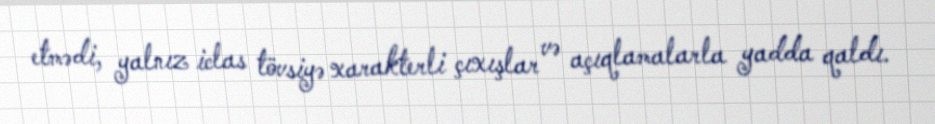
etmədi, yalnız iclas tövsiyə xarakterli çıxışlar və açıqlamalarla yadda qaldı.